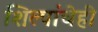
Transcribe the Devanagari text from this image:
शिल्पांचेही